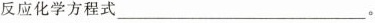
反应化学方程式___。